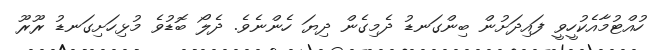
ހުއްޓުމާއެކުހީވީ ފައިދަށުން ބިންގަނޑު ދެމިގެން ދިޔަ ހެންނެވެ. ދެލޯ ބޮޑުވެ މުޅިހަށިގަނޑު ރޫރޫ